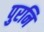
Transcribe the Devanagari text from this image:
पुरनि